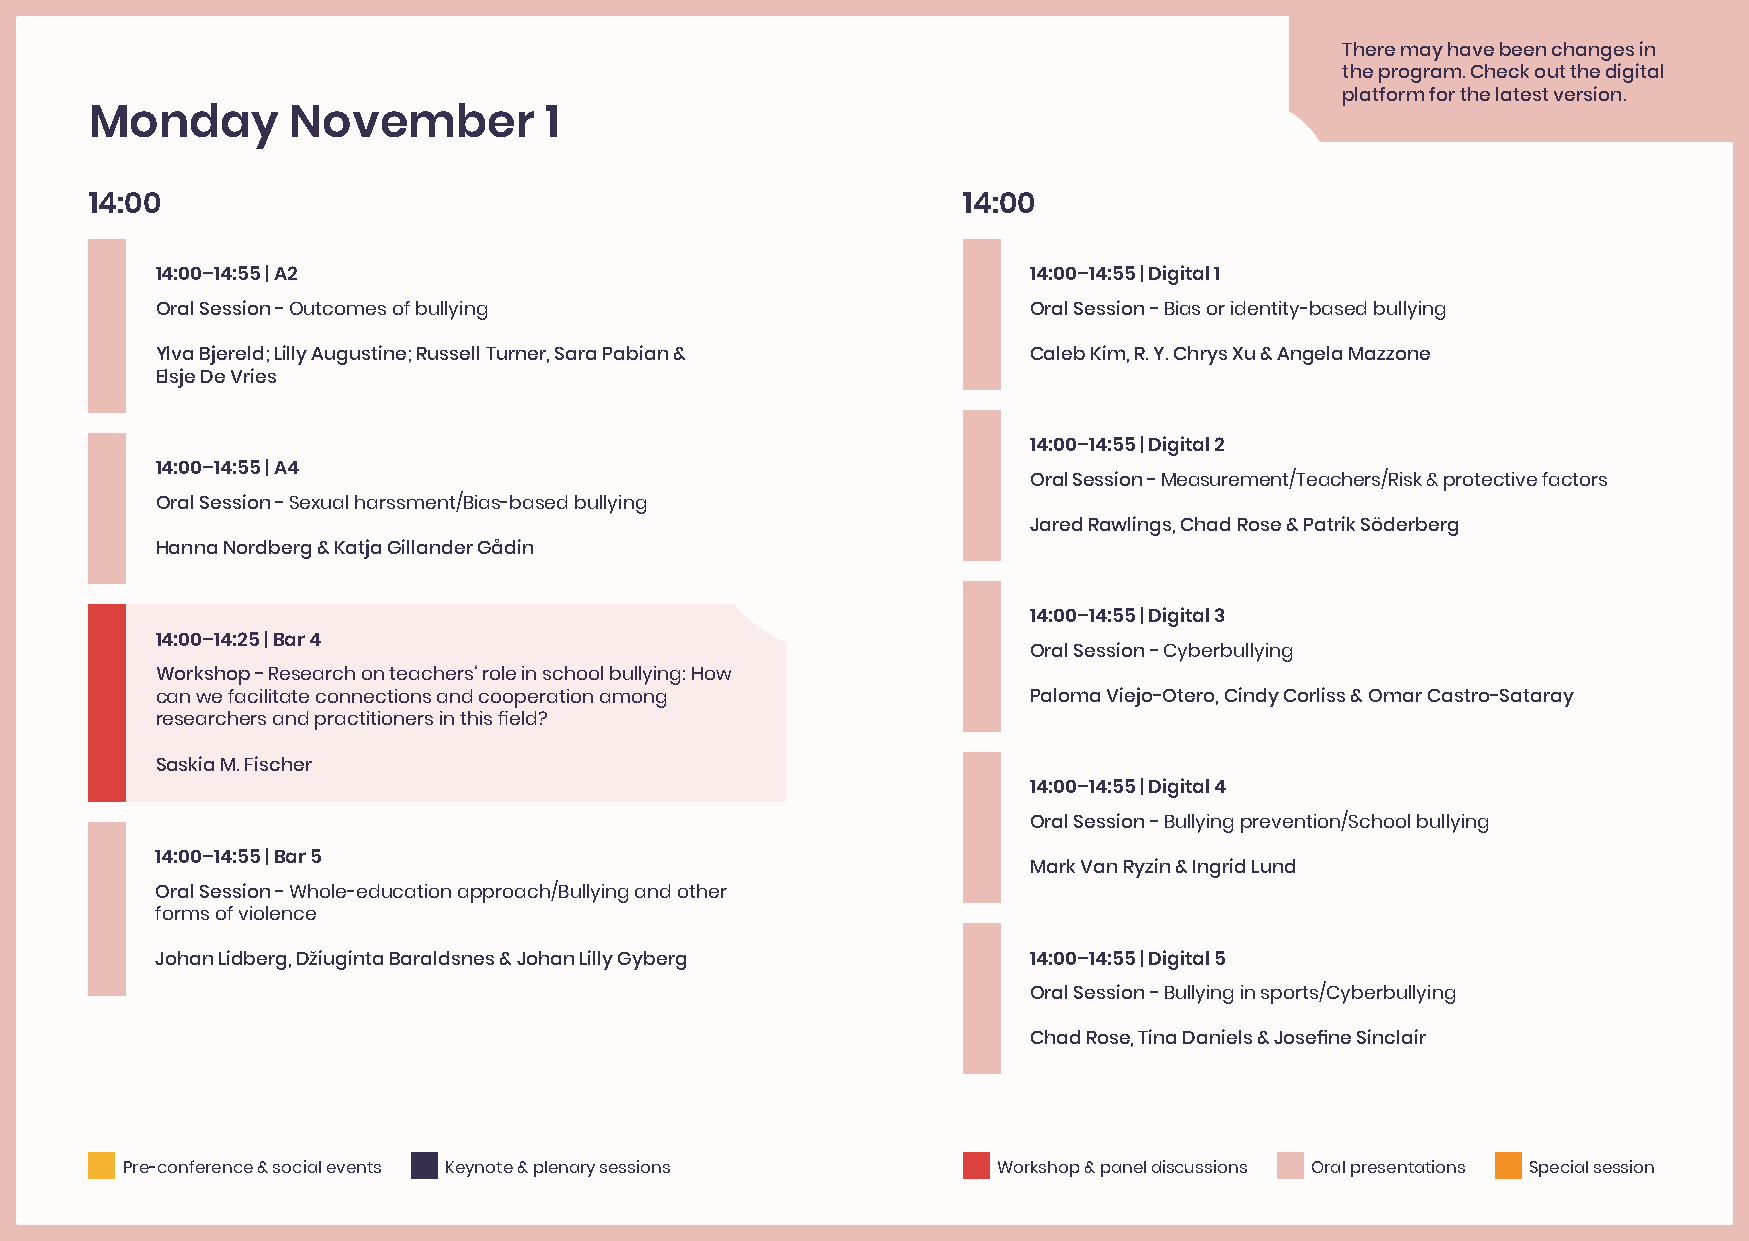
There may have been changes in
 the program. Check out the digital
 platform for the latest version.
 Monday       November         1
 14:00                                                     14:00
 14:00–14:55 | A2                                          14:00–14:55 | Digital 1
 Oral Session - Outcomes of bullying                       Oral Session - Bias or identity-based bullying
 Ylva Bjereld; Lilly Augustine; Russell Turner, Sara Pabian & Caleb Kim, R. Y. Chrys Xu & Angela Mazzone
 Elsje De Vries
 14:00–14:55 | Digital 2
 14:00–14:55 | A4
 Oral Session - Measurement/Teachers/Risk & protective factors
 Oral Session - Sexual harssment/Bias-based bullying
 Jared Rawlings, Chad Rose & Patrik Söderberg
 Hanna Nordberg & Katja Gillander Gådin
 14:00–14:55 | Digital 3
 14:00–14:25 | Bar 4
 Oral Session - Cyberbullying
 Workshop - Research on teachers‘ role in school bullying: How
 can we facilitate connections and cooperation among       Paloma Viejo-Otero, Cindy Corliss & Omar Castro-Sataray
 researchers and practitioners in this field?
 Saskia M. Fischer
 14:00–14:55 | Digital 4
 Oral Session - Bullying prevention/School bullying
 14:00–14:55 | Bar 5
 Mark Van Ryzin & Ingrid Lund
 Oral Session - Whole-education approach/Bullying and other
 forms of violence
 Johan Lidberg, Džiuginta Baraldsnes & Johan Lilly Gyberg  14:00–14:55 | Digital 5
 Oral Session - Bullying in sports/Cyberbullying
 Chad Rose, Tina Daniels & Josefine Sinclair
 Pre-conference & social events Keynote & plenary sessions Workshop & panel discussions Oral presentations Special session